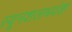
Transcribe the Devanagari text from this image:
स्यूनशलभवंश